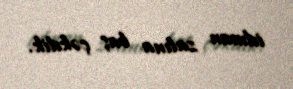
idman zalına baş çəkdik.